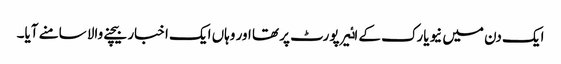
ایک دن میں نیویارک کے اٸیرپورٹ پر تھا اور وہاں ایک اخبار بیچنے والا سامنے آیا۔